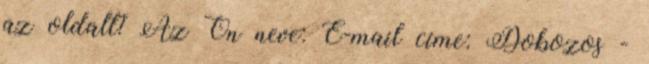
az oldalt? Az Ön neve: E-mail címe: Dobozos -